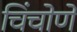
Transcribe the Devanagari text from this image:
चिंचोणें